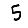
Digit: 5